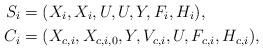
LaTeX: \begin{align*}S_i&=( X_i, X_i, U, U, Y, F_i, H_i ),\\C_i&=( X_{c,i}, X_{c,i,0}, Y, V_{c,i}, U, F_{c,i}, H_{c,i} ),\end{align*}